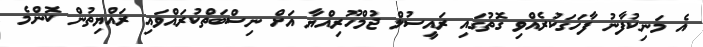
އެ މަނިކުފާނު ފާހަގަކުރެއްވި ގޮތުގައި ރައީސުލް ޖުމްހޫރިއްޔާ އަށް ނިސްބަތްކުރައްވައި ރައްޔިތުން ކޮންމެ